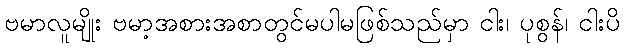
ဗမာလူမျိုး ဗမာ့အစားအစာတွင်မပါမဖြစ်သည်မှာ ငါး၊ ပုစွန်၊ ငါးပိ